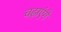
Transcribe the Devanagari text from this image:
चढ़ाएंगे